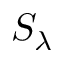
S _ { \lambda }